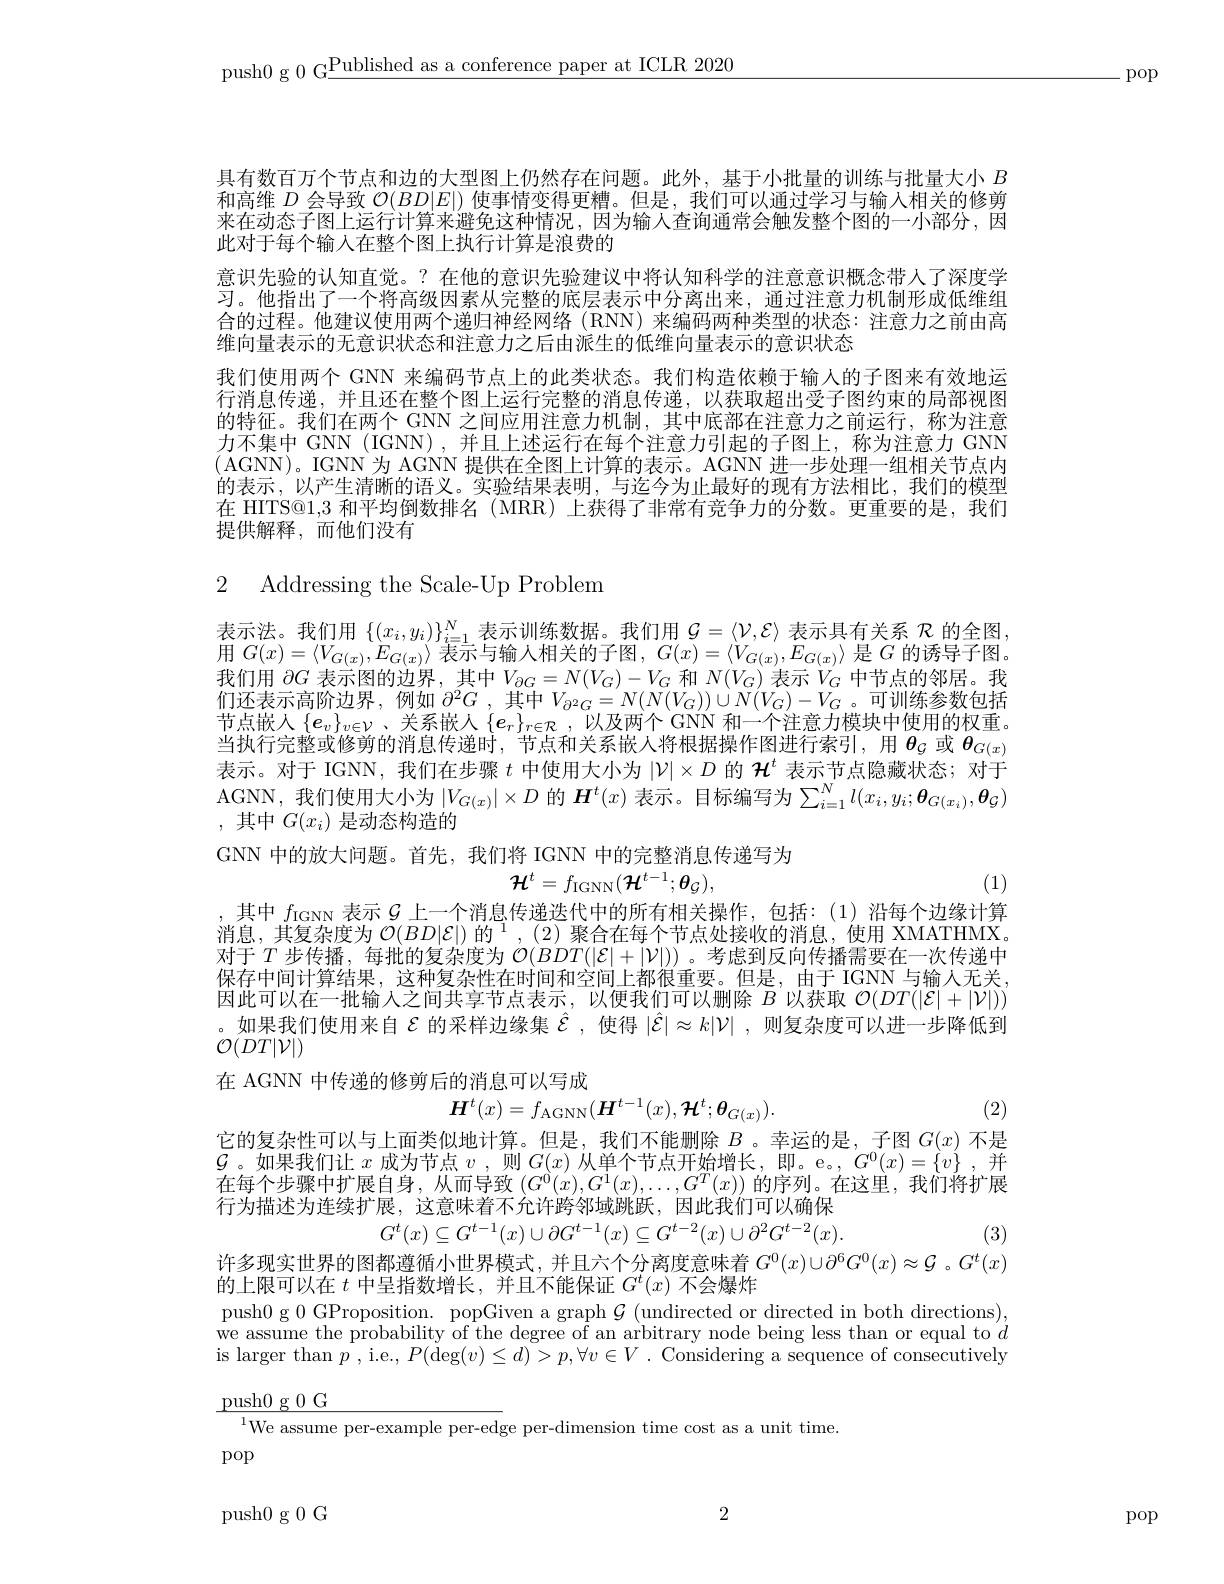
push0 g 0 G$\underline\text{Published as a conference paper at ICLR 2020}$

- pop

具有数百万个节点和边的大型图上仍然存在问题。此外，基于小批量的训练与批量大小$B$ 和高维$D$会导致$\mathcal{O}(BD|E|)$使事情变得更糟。但是，我们可以通过学习与输入相关的修剪来在动态子图上运行计算来避免这种情况，因为输人查询通常会触发整个图的一小部分，因此对于每个输入在整个图上执行计算是浪费的
意识先验的认知直觉。?在他的意识先验建议中将认知科学的注意意识概念带人了深度学习。他指出了一个将高级因素从完整的底层表示中分离出来，通过注意力机制形成低维组合的过程。他建议使用两个递归神经网络 (RNN) 来编码两种类型的状态：注意力之前由高维向量表示的无意识状态和注意力之后由派生的低维向量表示的意识状态
我们使用两个 GNN 来编码节点上的此类状态。我们构造依赖于输人的子图来有效地运行消息传递，并且还在整个图上运行完整的消息传递，以获取超出受子图约束的局部视图的特征。我们在两个 GNN 之间应用注意力机制，其中底部在注意力之前运行，称为注意力不集中 GNN (IGNN),并且上述运行在每个注意力引起的子图上，称为注意力 GNN (AGNN)。IGNN 为 AGNN 提供在全图上计算的表示。AGNN 进一步处理一组相关节点内的表示，以产生清晰的语义。实验结果表明，与迄今为止最好的现有方法相比，我们的模型在 HITS@1,3 和平均倒数排名 (MRR) 上获得了非常有竞争力的分数。更重要的是，我们提供解释，而他们没有

## 2 Addressing the Scale-Up Problem

表示法。我们用$\{(x_i,y_i)\}_{i=1}^N$表示训练数据。我们用$\mathcal{G}=\langle\mathcal{V},\mathcal{E}\rangle$表示具有关系$\mathcal{R}$的全图， 用$G(x)=\langle V_{G(x)},E_{G(x)}\rangle$表示与输入相关的子图，$G( x) = \langle V_{G( x) }, E_{G( x) }\rangle$是$G$的诱导子图。我们用$\partial G$表示图的边界，其中$V_\partial G=N(V_G)-V_G$和$N(V_G)$表示$V_G$中节点的邻居。我们还表示高阶边界，例如$\partial ^2G$ ,其中$V_{\partial^2G}=N(N(V_G))\cup N(V_G)-V_G$ 。可训练参数包括节点嵌人$\{e_v\}_{v\in\mathcal{V}}$、关系嵌入$\{e_r\}_{r\in\mathcal{R}}$,以及两个 GNN 和一个注意力模块中使用的权重。当执行完整或修剪的消息传递时，节点和关系嵌人将根据操作图进行索引，用$\theta_{\mathcal{G}}$或$\theta_{G(x)}$ 表示。对于 IGNN, 我们在步骤$t$中使用大小为$|\mathcal{V}|\times D$的$\mathcal{H}^t$表示节点隐藏状态；对于AGNN, 我们使用大小为$|V_G(x)|\times D$的$\boldsymbol H^t(x)$表示。目标编写为$\sum_i=1^Nl(x_i,y_i;\boldsymbol{\theta}_{G(x_i)},\boldsymbol{\theta}_{\mathcal{G}})$ ,其中$G(x_i)$ 是动态构造的
GNN 中的放大问题。首先，我们将 IGNN 中的完整消息传递写为
$$\mathcal{H}^t=f_{\mathrm{IGNN}}(\mathcal{H}^{t-1};\theta_{\mathcal{G}}),$$
(1)

,其中$f_\mathrm{IGNN}$表示$\mathcal{G}$上一个消息传递迭代中的所有相关操作，包括：(1)沿每个边缘计算消息，其复杂度为$\mathcal{O} ( BD| \mathcal{E} | ) \text{ 的 }^1, ( 2)$聚合在每个节点处接收的消息，使用 XMATHMX。对于$T$步传播，每批的复杂度为$\mathcal{O}(BDT(|\mathcal{E}|+|\mathcal{V}|))$。考虑到反向传播需要在一次传递中保存中间计算结果。这种复杂性在时间相空间上都很再要。但是。由十 CGNN与输人才关因此可以在一批输入之间共享节点表示，以便我们可以删除$B$以获取$\mathcal{O}(DT(|\mathcal{E}|+|\mathcal{V}|))$ 。如果我们使用来自$\mathcal{\varepsilon}$的采样边缘集$\hat{\mathcal{E}}$ ,使得$|\hat{\mathcal{E}}|\approx k|\mathcal{V}|$,则复杂度可以进一步降低到$\mathcal{O}(D\dot{T}|\dot{\mathcal{V}}|)$
在 AGNN 中传递的修剪后的消息可以写成
$$\boldsymbol{H}^t(x)=f_{\mathrm{AGNN}}(\boldsymbol{H}^{t-1}(x),\boldsymbol{H}^t;\boldsymbol{\theta}_{G(x)}).$$
(2)

它的复杂性可以与上面类似地计算。但是，我们不能删除$B$ 。幸运的是，子图$G(x)$不是$\mathcal{G}$。如果我们让$x$成为节点$v$,则$G(x)$从单个节点开始增长，即。e。$,G^0(x)=\{v\}$,并在每个步骤中扩展自身，从而导致$(G^0(x),G^1(x),\ldots,G^T(x))$的序列。在这里，我们将扩展行为描述为连续扩展，这意味着不允许跨邻域跳跃，因此我们可以确保
$$G^{t}(x)\subseteq G^{t-1}(x)\cup\partial G^{t-1}(x)\subseteq G^{t-2}(x)\cup\partial^{2}G^{t-2}(x).$$
(3)

$\begin{array}{c}\text{许多现实世界的图都遵循小世界模式，并且六个分离度意味着}G^0(x)\cup\partial^6G^0(x)\approx\mathcal{G}~。G^t(x)\\\text{的上限可以在 }t\text{ 中呈指数增长，并且不能保证 }G^t(x)\text{ 不会爆炸}\end{array}$

$\begin{array}{c}\text{push0 g 0 GProposition. popGiven a graph }\mathcal{G}\text{(undirected or directed in both directions),}\\\text{we assume the probability of the degree of an arbitrary node being less than or equal to }\end{array}$

is larger than $p^{\mathrm{~,~i.e.,~}P(\mathrm{deg}(v)\leq d)}>p,\forall v\in V$ . Considering a sequence of consecutively

$\underline{\text{push}0\text{ g }0\text{ G}}$

$^{1}$We assume per-example per-edge per-dimension time cost as a unit time.

pop

2

push0g0G

pop